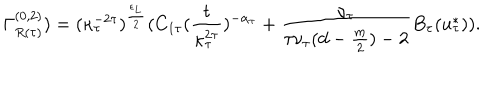
\Gamma _ { R ( \tau ) } ^ { ( 0 , 2 ) } ) = ( \kappa _ { \tau } ^ { - 2 \tau } ) ^ { \frac { \epsilon _ { L } } { 2 } } ( C _ { 1 \tau } ( \frac { t } { \kappa _ { \tau } ^ { 2 \tau } } ) ^ { - \alpha _ { \tau } } + \frac { \nu _ { \tau } } { \tau \nu _ { \tau } ( d - \frac { m } { 2 } ) - 2 } B _ { \tau } ( u _ { \tau } ^ { * } ) ) .